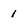
Character: 1